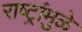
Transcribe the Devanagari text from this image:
राष्ट्रांमुळे